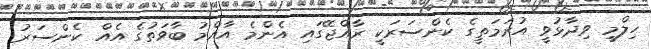
ހިލްމީ ވިދާޅުވީ އުރަމަތީގެ ކެންސަރަކީ ރާއްޖޭގައި އެންމެ އާއްމު ބާވަތުގެ އެއް ކެންސަރު